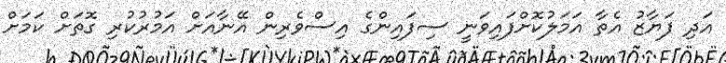
އަދި ފަޔާޒު އެތާ އަމަލުކޮށްފައިވަނީ ސިފައިންގެ އިސްވެރިން އޭނާއަށް އަމުރުކުރި ގޮތަށް ކަމަށް